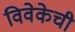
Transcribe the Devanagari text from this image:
विवेकेची